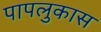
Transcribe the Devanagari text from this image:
पापलुकास